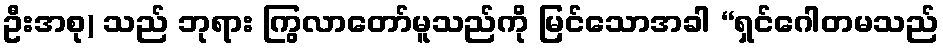
ဦးအစု) သည် ဘုရား ကြွလာတော်မူသည်ကို မြင်သောအခါ “ရှင်ဂေါတမသည်